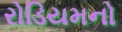
રોડિયમનો